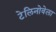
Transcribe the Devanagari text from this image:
टेलिनोवेला